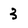
Character: 3